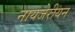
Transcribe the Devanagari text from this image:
नायजेरीयन